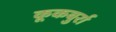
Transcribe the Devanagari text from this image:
कूकबुर्रा